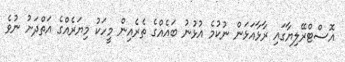
އޮސްޓްރޭލިޔާގައި ރާޅާއަޅަން ނުކުމެ އުޅުނު ބައެއްގެ ތެރެއިން މީހަކު މިޔަރެއްގެ އަތްދަށު ނުވެ